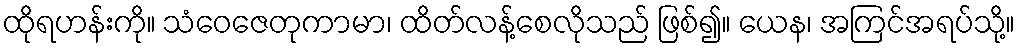
ထိုရဟန်းကို။ သံဝေဇေတုကာမာ၊ ထိတ်လန့်စေလိုသည် ဖြစ်၍။ ယေန၊ အကြင်အရပ်သို့။